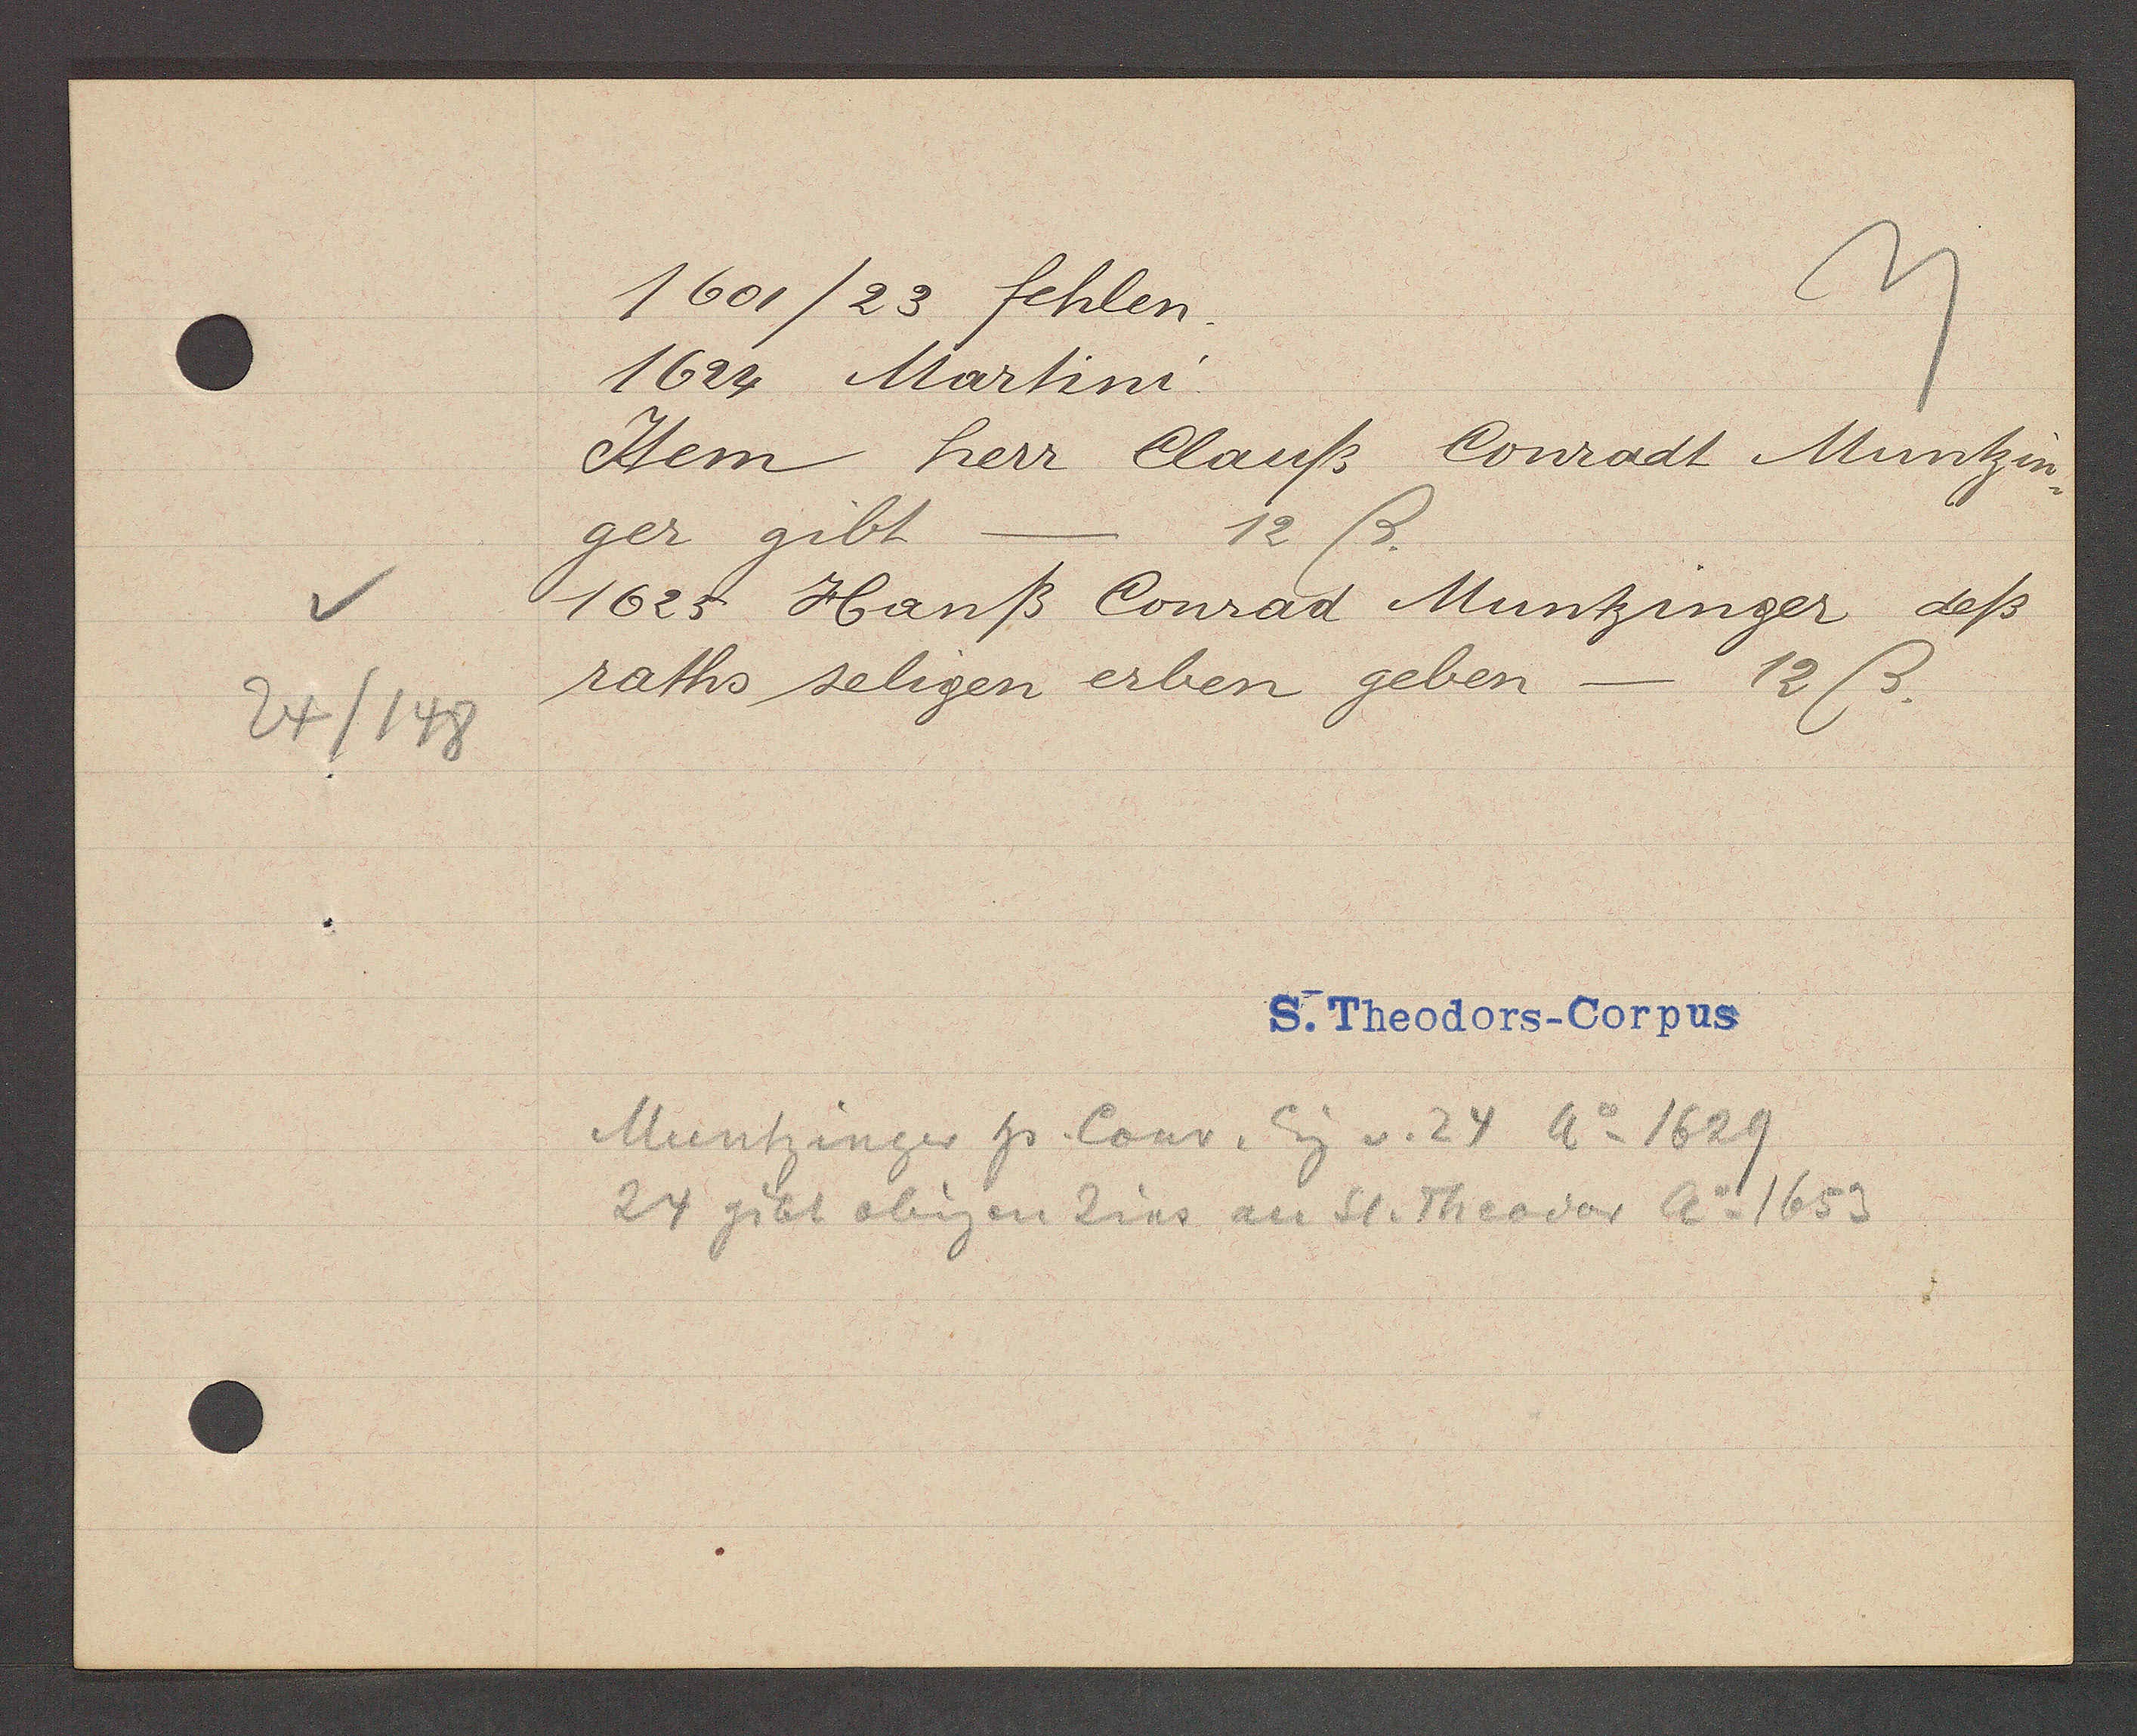
Transcript:
24/148

1601/23 fehlen.

1624 Martini.
Item herr Clauß Conradt Muntzin¬
ger gibt
12ß.
1625 Hanß Conrad Muntzinger deß
raths seligen erben geben
12ß.

S. Theodors-Corpus

Muntzinger hs. Conr. Eig v. 24 Ao 1629
24 gibt obigen Zins an St. Theodor Ao 1653